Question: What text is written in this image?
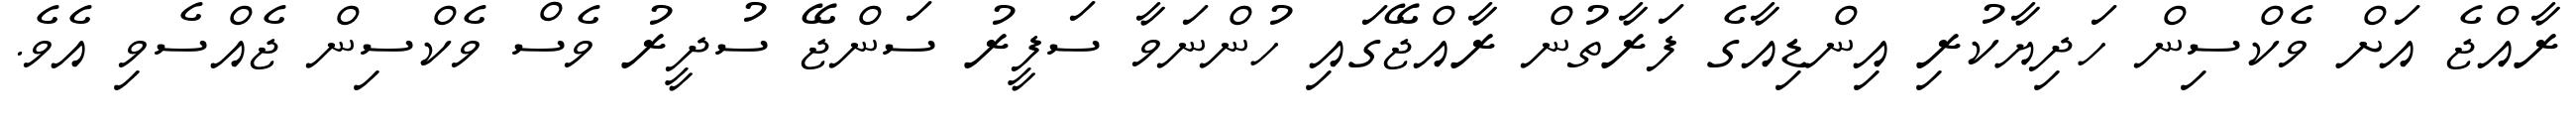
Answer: ރާއްޖެ އަށް ވެކްސިން ހަދިޔާކުރި އިންޑިއާގެ ފަރާތުން ރާއްޖޭގައި ހުންނަވާ ސަފީރު ސަންޖޭ ސުދީރު ވެސް ވެކްސިން ޖެއްސެވި އެވެ.